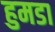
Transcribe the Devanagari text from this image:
हुमडा